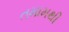
તમામથી